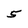
Character: 5